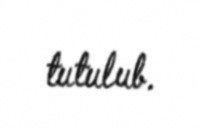
tutulub.